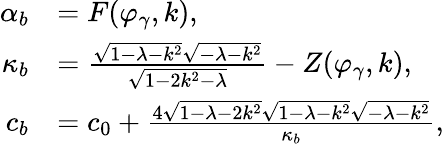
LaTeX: \begin{array}{rl}{\alpha_{b}}&{=F(\varphi_{\gamma},k),}\\ {\kappa_{b}}&{=\frac{\sqrt{1-\lambda-k^{2}}\sqrt{-\lambda-k^{2}}}{\sqrt{1-2k^{2}-\lambda}}-Z(\varphi_{\gamma},k),}\\ {c_{b}}&{=c_{0}+\frac{4\sqrt{1-\lambda-2k^{2}}\sqrt{1-\lambda-k^{2}}\sqrt{-\lambda-k^{2}}}{\kappa_{b}},}\end{array}